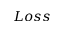
L o s s